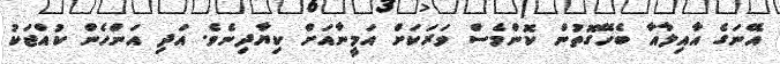
އޭނަގެ އާއިލާއާ ބެހޭގޮތުން ކޮންމެސް ވަރަކަށް އަމީނާއަށް ކިޔާދިނެވެ. އަދި އަންހެން ކުއްޖަކު